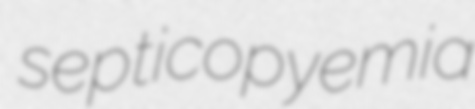
septicopyemia